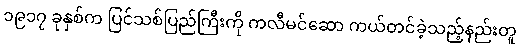
၁၉၁၇ ခုနှစ်က ပြင်သစ်ပြည်ကြီးကို ကလီမင်ဆော ကယ်တင်ခဲ့သည့်နည်းတူ